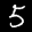
Label: 5